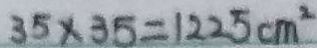
3 5 \times 3 5 = 1 2 2 5 c m ^ { 2 }